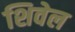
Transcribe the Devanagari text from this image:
शिवेल